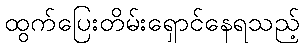
ထွက်ပြေးတိမ်းရှောင်နေရသည့်